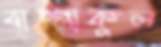
বাষ্পাকুল